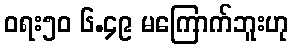
ဝရး၅၀ ၆.၄၉ မကြောက်ဘူးဟု